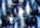
دخلتي